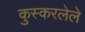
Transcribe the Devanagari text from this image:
कुस्करलेले